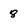
Character: 8